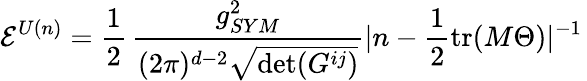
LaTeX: {\cal E}^{U(n)}=\frac{1}{2}\, \frac{g_{SYM}^{2}}{(2\pi)^{d-2}\sqrt{\operatorname*{det}(G^{ij})}}|n-\frac{1}{2}\mathrm{tr}(M\Theta)|^{-1}\,